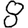
Digit: 8